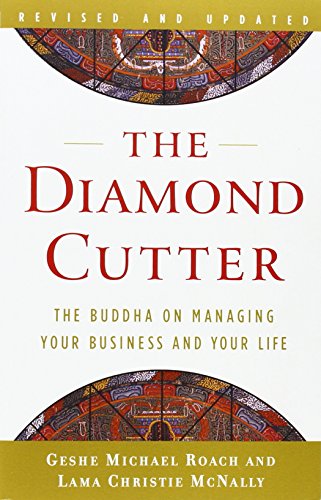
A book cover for The Diamond Cutter: The Buddha on Managing Your Business and Your Life; Geshe Michael Roach; Politics & Social Sciences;